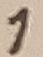
Text: 1